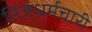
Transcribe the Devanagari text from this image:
निजधर्मचारी